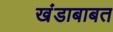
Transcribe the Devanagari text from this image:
खंडाबाबत